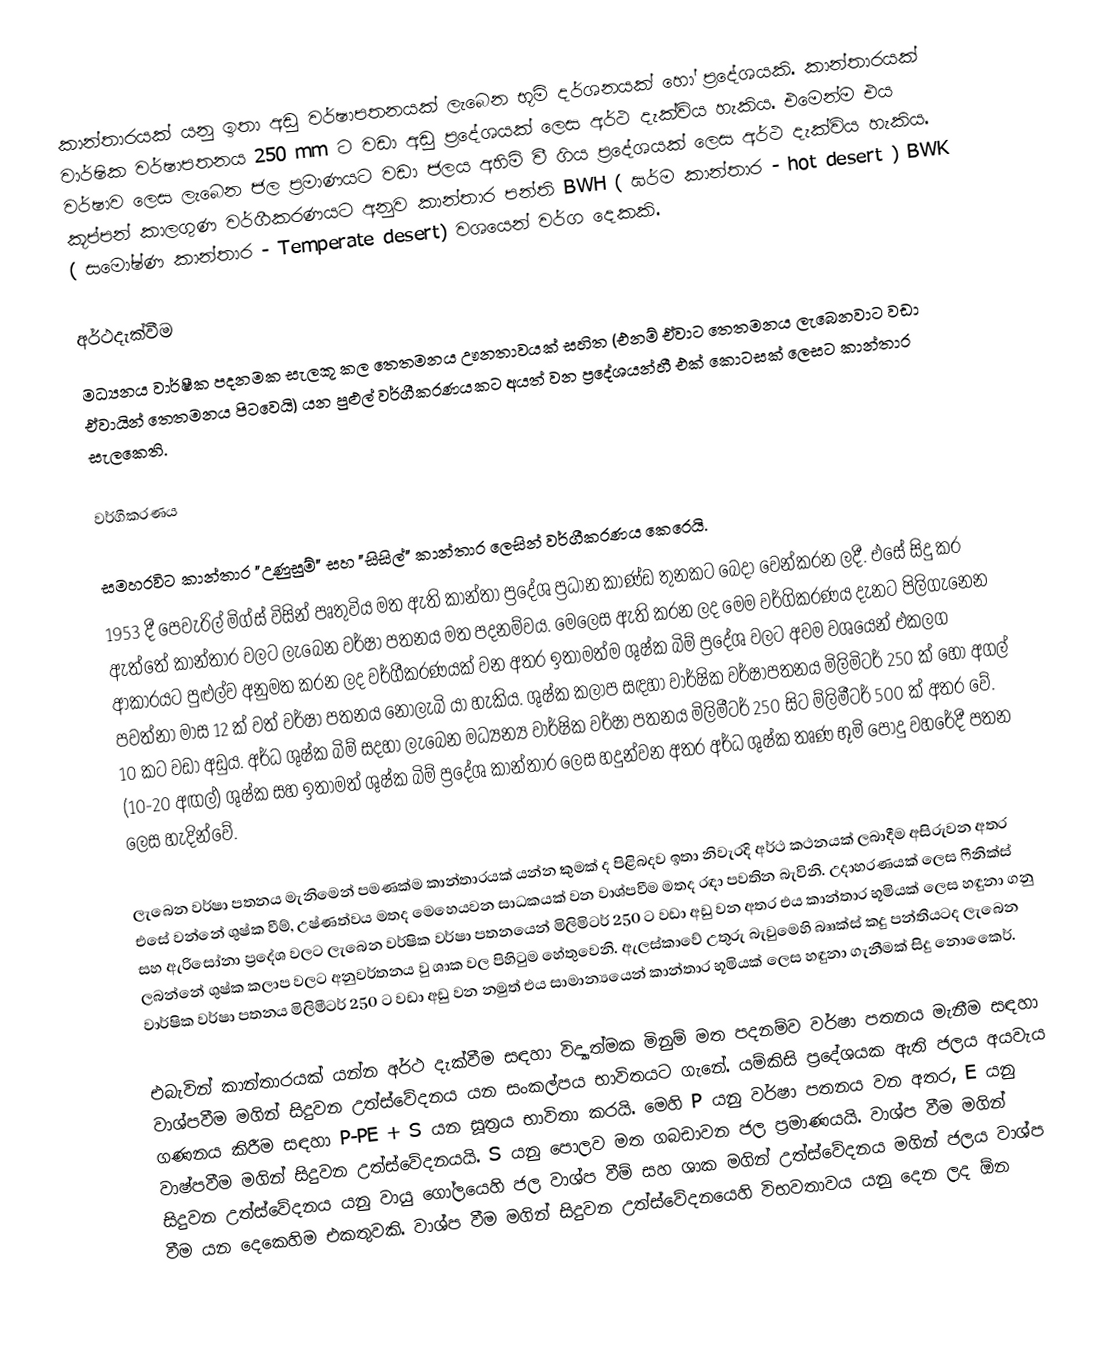
කාන්තාරයක් යනු ඉතා අඩු වර්ෂාපතනයක් ලැබෙන භූමි දර්ශනයක් හෝ ප්‍රදේශයකි. කාන්තාරයක් වාර්ෂික වර්ෂාපතනය 250 mm ට වඩා අඩු ප්‍රදේශයක් ලෙස අර්ථ දැක්විය හැකිය. එමෙන්ම එය වර්ෂාව ලෙස ලැබෙන ජල ප්‍රමාණයට වඩා ජලය අහිමි වී ගිය ප්‍රදේශයක් ලෙස අර්ථ දැක්විය හැකිය. කූප්පන් කාලගුණ වර්ගීකරණයට අනුව කාන්තාර පන්ති BWH ( ඝර්ම කාන්තාර - hot desert ) BWK ( සමෝෂ්ණ කාන්තාර - Temperate desert) වශයෙන් වර්ග දෙකකි.

අර්ථදැක්වීම
මධ්‍යනය වාර්ෂීක පදනමක සැලකූ කල තෙතමනය ඌනතාවයක් සහිත (එනම් ඒවාට තෙතමනය ලැබෙනවාට වඩා ඒවායින් තෙතමනය පිටවෙයි) යන පුළුල් වර්ගීකරණයකට අයත් වන  ප්‍රදේශයන්හී එක් කොටසක් ලෙසට කාන්තාර සැලකෙති.

වර්ගීකරණය

සමහරවිට කාන්තාර "උණුසුම්" සහ "සිසිල්" කාන්තාර ලෙසින් වර්ගීකරණය කෙරෙයි.
1953 දී පෙවැරිල් මිග්ස් විසින් පෘතුවිය මත ඇති කාන්තා ප්‍රදේශ ප්‍රධාන කාණ්ඩ තුනකට බෙදා වෙන්කරන ලදී. එසේ සිදු කර ඇත්තේ කාන්තාර වලට ලැබෙන වර්ෂා පතනය මත පදනම්වය. මෙලෙස ඇති කරන ලද මෙම වර්ගිකරණය දැනට පිලිගැනෙන ආකාරයට පුළුල්ව අනුමත කරන ලද වර්ගීකරණයක් වන අතර ඉතාමත්ම ශුෂ්ක බිම් ප්‍රදේශ වලට අවම වශයෙන් එකලග පවත්නා මාස 12 ක් වත් වර්ෂා පතනය නොලැබි යා හැකිය. ශුෂ්ක කලාප සඳහා වාර්ෂික වර්ෂාපතනය මිලිමිටර් 250 ක් හෝ අගල් 10 කට වඩා අඩුය. අර්ධ ශුෂ්ක බිම් සදහා ලැබෙන මධ්‍යන්‍ය වාර්ෂික වර්ෂා පතනය මිලිමීටර් 250 සිට ම්ලිමීටර් 500 ක් අතර වේ. (10-20 අඟල්) ශුෂ්ක සහ ඉතාමත් ශුෂ්ක බිම් ප්‍රදේශ කාන්තාර ලෙස හදුන්වන අතර අර්ධ ශුෂ්ක තෘණ භූමි පොදු වහරේදී පතන ලෙස හැදින්වේ.

ලැබෙන වර්ෂා පතනය මැනිමෙන් පමණක්ම කාන්තාරයක් යන්න කුමක් ද පිළිබදව ඉතා නිවැරදි අර්ථ කථනයක් ලබාදීම අසිරුවන අතර එසේ වන්නේ ශුෂ්ක වීම්,  උෂ්ණත්වය මතද මෙහෙයවන සාධකයක් වන වාශ්පවීම මතද රඳා පවතින බැවිනි. උදාහරණයක් ලෙස ෆීනික්ස් සහ ඇරිසෝනා ප්‍රදේශ වලට ලැබෙන වර්ෂික වර්ෂා පතනයෙන් මිලිමිටර් 250 ට වඩා අඩු වන අතර එය කාන්තාර භූමියක් ලෙස හඳුනා ගනු ලබන්නේ ශුෂ්ක කලාප වලට අනුවර්තනය වු ශාක වල පිහිටුම හේතුවෙනි. ඇලස්කාවේ උතුරු බැවුමෙහි බෲක්ස් කදු පන්තියටද ලැබෙන වාර්ෂික වර්ෂා පතනය මිලිමීටර් 250 ට වඩා අඩු වන නමුත් එය සාමාන්‍යයෙන් කාන්තාර භූමියක් ලෙස හඳුනා ගැනීමක් සිදු නොකෙ‍ෙර්.

එබැවින් කාන්තාරයක් යන්න අර්ථ දැක්වීම සඳහා විද්‍යාත්මක මිනුම් මත පදනම්ව වර්ෂා පතනය මැනීම සඳහා වාශ්පවීම මගින් සිදුවන උත්ස්වේදනය යන සංකල්පය භාවිතයට ගැනේ. යම්කිසි ප්‍රදේශයක ඇති ජලය අයවැය ගණනය කිරීම සඳහා P-PE + S යන සූත්‍රය භාවිතා කරයි. මෙහි P යනු වර්ෂා පතනය වන අතර, E යනු  වාෂ්පවීම මගින් සිදුවන උත්ස්වේදනයයි. S යනු පොලව මත ගබඩාවන ජල ප්‍රමාණයයි. වාශ්ප වීම මගින් සිදුවන උත්ස්වේදනය යනු වායු ගෝලයෙහි ජල වාශ්ප වීම් සහ ශාක මගින් උත්ස්වේදනය මගින් ජලය වාශ්ප වීම යන දෙකෙහිම එකතුවකි. වාශ්ප වීම මගින් සිදුවන උත්ස්වේදනයෙහි විභවතාවය යනු දෙන ලද ඕන